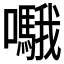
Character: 𱕥